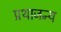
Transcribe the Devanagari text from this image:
प्रथाजन्य